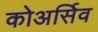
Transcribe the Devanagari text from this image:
कोअर्सिव